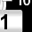
Digit: 1